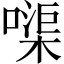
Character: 𠹱